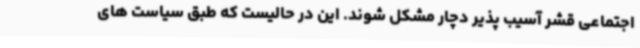
اجتماعی قشر آسیب پذیر دچار مشکل شوند. این در حالیست که طبق سیاست های